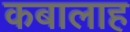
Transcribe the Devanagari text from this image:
कबालाह